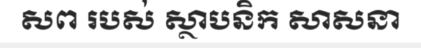
សព របស់ ស្ថាបនិក សាសនា